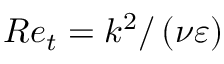
R e _ { t } = k ^ { 2 } / \left( \nu \varepsilon \right)